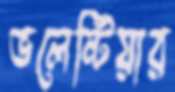
ভলেন্টিয়ার